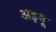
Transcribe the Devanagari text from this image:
अइबू